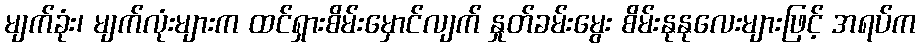
မျက်ခုံး၊ မျက်လုံးများက ထင်ရှားစိမ်းမှောင်လျက် နှုတ်ခမ်းမွေး စိမ်းနုနုလေးများဖြင့် အရပ်က